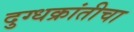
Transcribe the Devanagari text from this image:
दुग्धक्रांतीचा